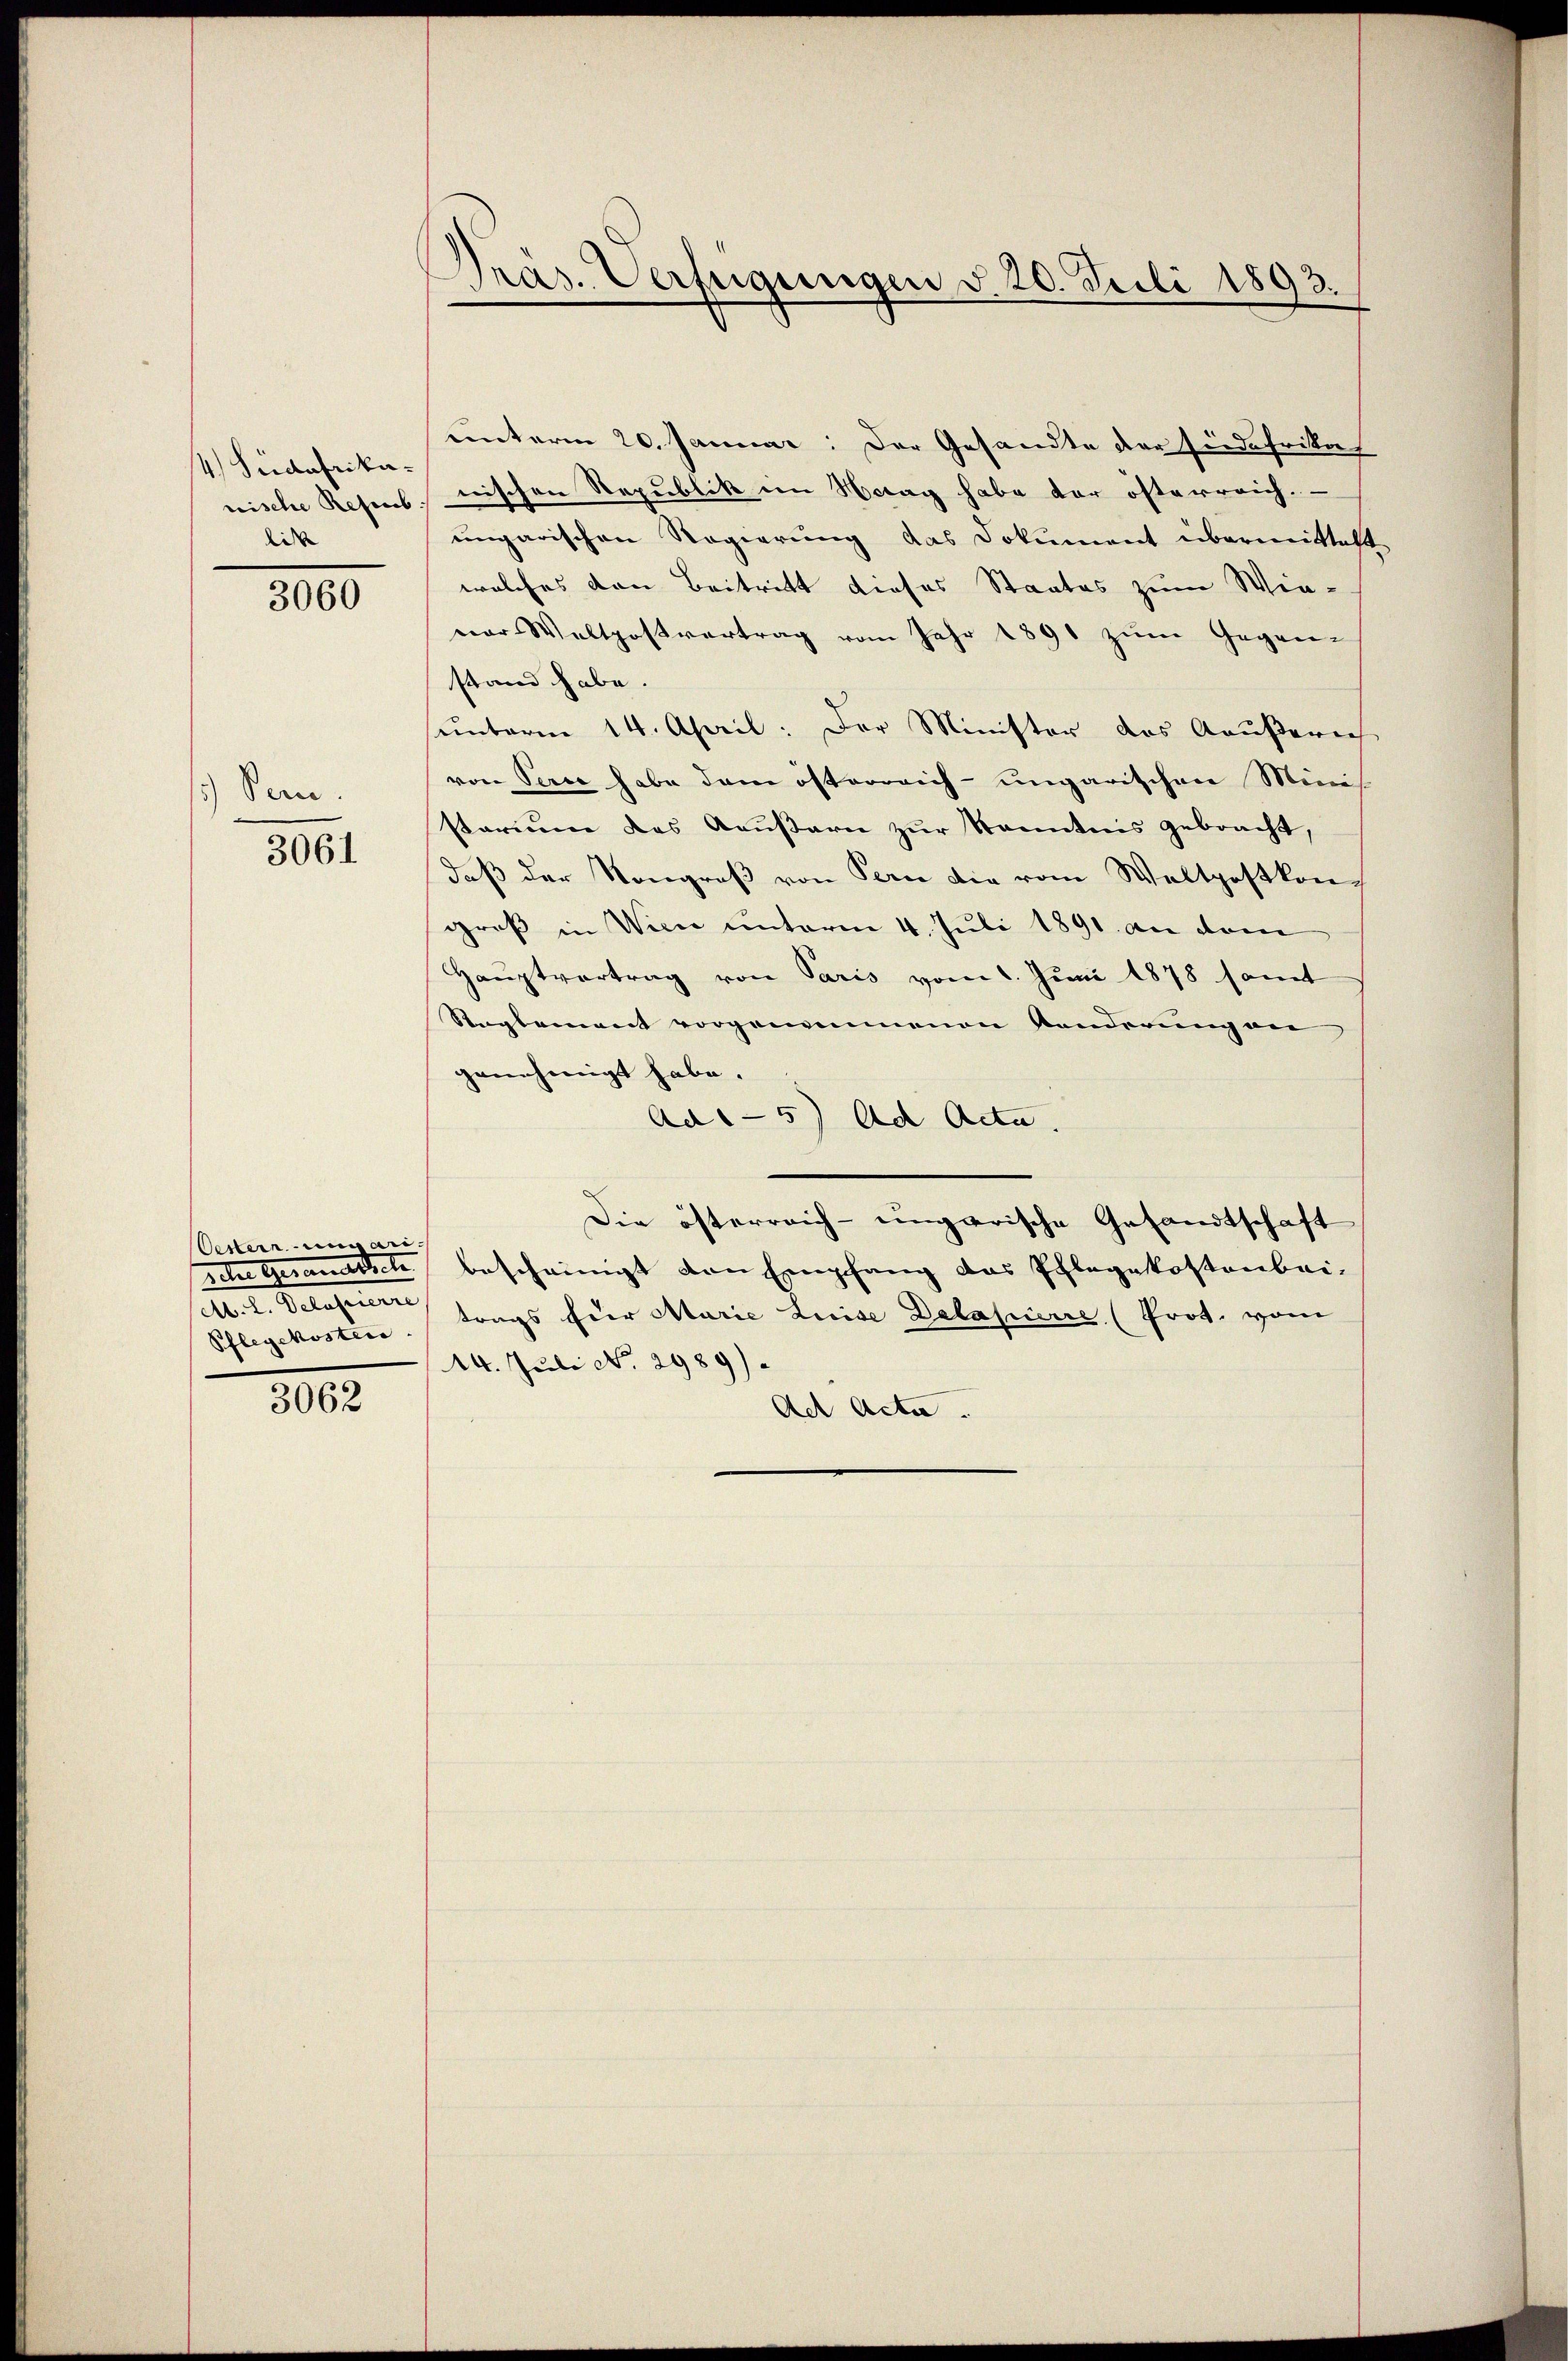
14) Südafrikanische Reserb
dis

3000

1.) Von

3061

Oestern ungari¬
. 1. Ferner einen
Pflegekosterr

3062

Präs. Verfügungen v. 20. Juli 1893.

unterm 20. Januar: Der Gesandte der siedafrikas
nischen Republik im Haag habe der österreich.
ungarischen Regierung das Dokument übermittelt
welches von Beitritt dieses Staates zum Wie-
ner Weltpostvertrag vom Jahr 1891 zum Gegen-
stand habe.
sunterm 14. April: Der Minister das Aeußerei
von Serie habe dem österreich-ungarischen Minis
starium das Aeußern zur Kenntnis gebracht,
daß der Kongreß von Tern die vom Weltpostkongroß in Vice unterm 4. Juli 1891. an dem
Hauptvertrag von Paris vom 1. Juni 1878 samt
Reglement vorgenommenen Kanderung an
genehmigt habe.
Ad 5) Ad Acta.
Die österreich-ungarische Gesandtschaft
sche Gesandtsch bescheinigt den Empfang das Pflegekostenbei-
trags für Marie Luise Delapierre (Prot. vom
14. Juli No. 2989).
Ad Acta.